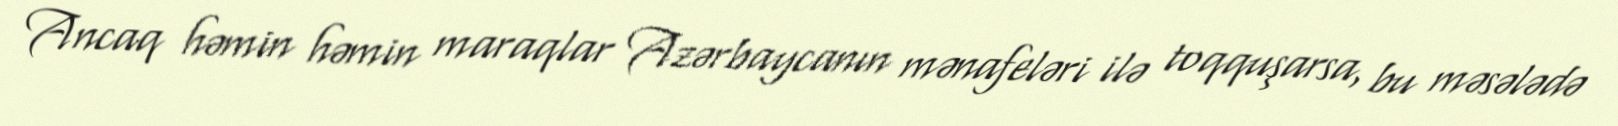
Ancaq həmin həmin maraqlar Azərbaycanın mənafeləri ilə toqquşarsa, bu məsələdə